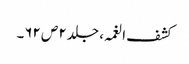
کشف الغمہ ، جلد ۲ ص ۶۲۔